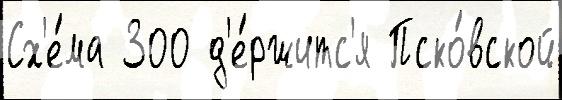
Сх'е́ма 300 д'е́ржитс'я Пско́вской